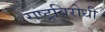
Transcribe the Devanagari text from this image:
राष्‍ट्रविरोधी